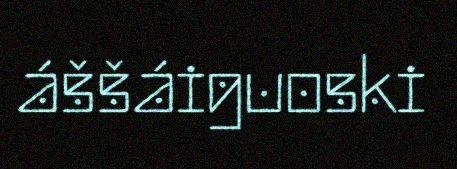
áššáiguoski